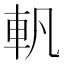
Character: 軓